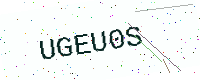
Text: UGEU0S